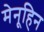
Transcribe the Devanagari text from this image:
मेनूहिन